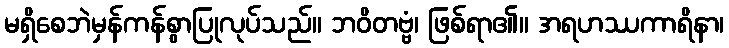
မရှိစေဘဲမှန်ကန်စွာပြုလုပ်သည်။ ဘဝိတဗ္ဗံ၊ ဖြစ်ရာ၏။ အရဟဿကာရိနာ၊